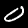
Label: 0